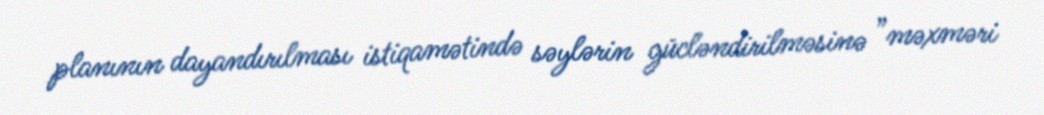
planının dayandırılması istiqamətində səylərin gücləndirilməsinə ”məxməri